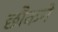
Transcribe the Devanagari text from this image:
छौकने